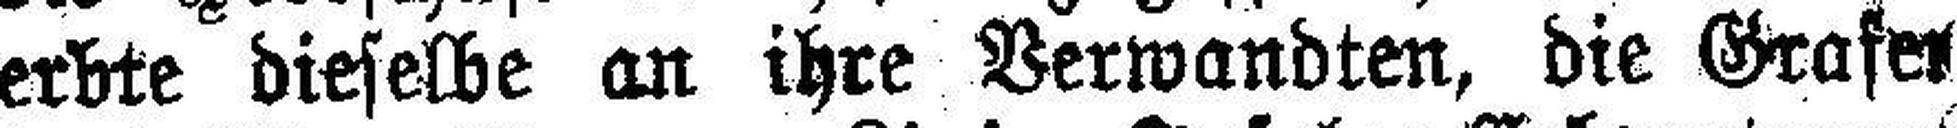
erbte dieselbe an ihre Verwandten, die Grafer